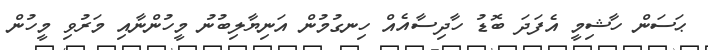
ޙަސަން ހާޝިމީ އެފަދަ ބޮޑުު ހާދިސާއެއް ހިނގުމުން އަނިޔާލިބުނު މީހުންނާއި މަރުވި މީހުން